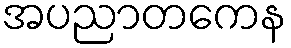
အပညာတကေန